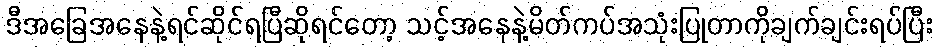
ဒီအခြေအနေနဲ့ရင်ဆိုင်ရပြီဆိုရင်တော့ သင့်အနေနဲ့မိတ်ကပ်အသုံးပြုတာကိုချက်ချင်းရပ်ပြီး